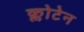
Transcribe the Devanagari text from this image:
क्लोटेन